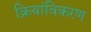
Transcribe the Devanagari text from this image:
क्रियांविकरण